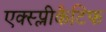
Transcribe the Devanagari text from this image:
एक्स्प्लीकैटिफ